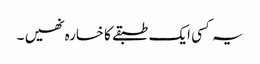
یہ کسی ایک طبقے کا خسارہ نھیں ۔